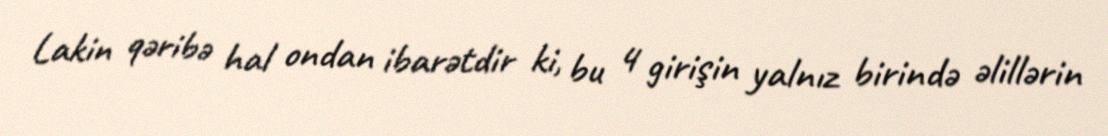
Lakin qəribə hal ondan ibarətdir ki, bu 4 girişin yalnız birində əlillərin